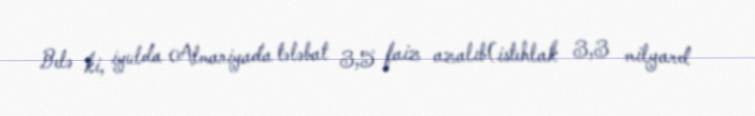
Belə ki, iyulda Almaniyada tələbat 3,5 faiz azalıb(istehlak 3,3 milyard